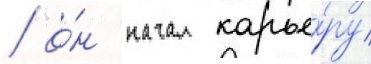
/ о́н начал карье́ру